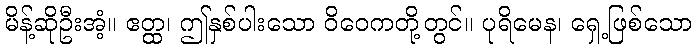
မိန့်ဆိုဦးအံ့။ ဧတ္ထ၊ ဤနှစ်ပါးသော ဝိဝေကတို့တွင်။ ပုရိမေန၊ ရှေ့ဖြစ်သော